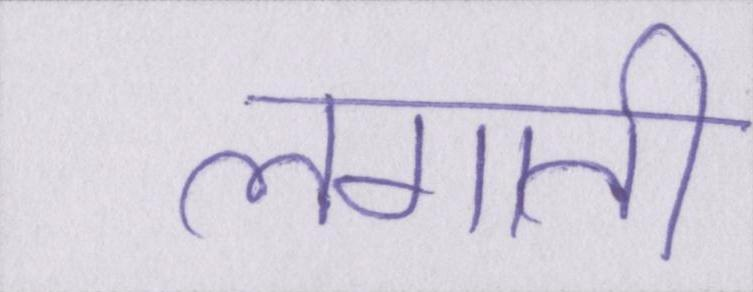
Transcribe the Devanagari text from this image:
लगाती